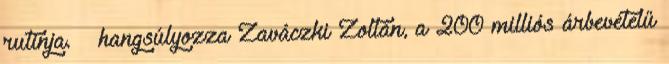
rutinja. – hangsúlyozza Zaváczki Zoltán, a 200 milliós árbevételű